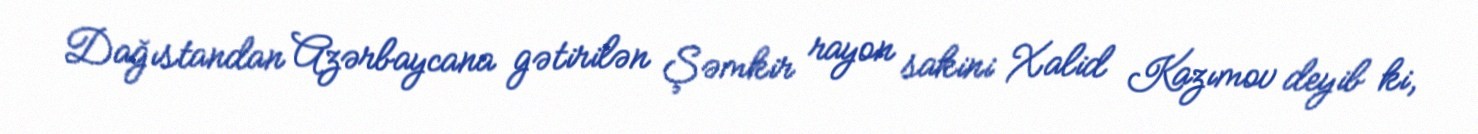
Dağıstandan Azərbaycana gətirilən Şəmkir rayon sakini Xalid Kazımov deyib ki,